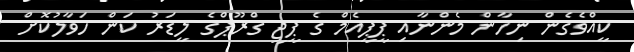
ކީއްވެގެން ނިހާން މެންނާއި ޕީޕީއެމް ގެ ޕީޖީ ގްރޫޕްގެ ލީޑަރު ކަން ހަވާލުކޮށް